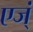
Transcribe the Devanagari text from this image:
एज्ं